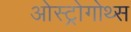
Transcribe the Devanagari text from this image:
ओस्ट्रोगोथ्स